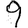
Digit: 9